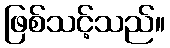
ဖြစ်သင့်သည်။